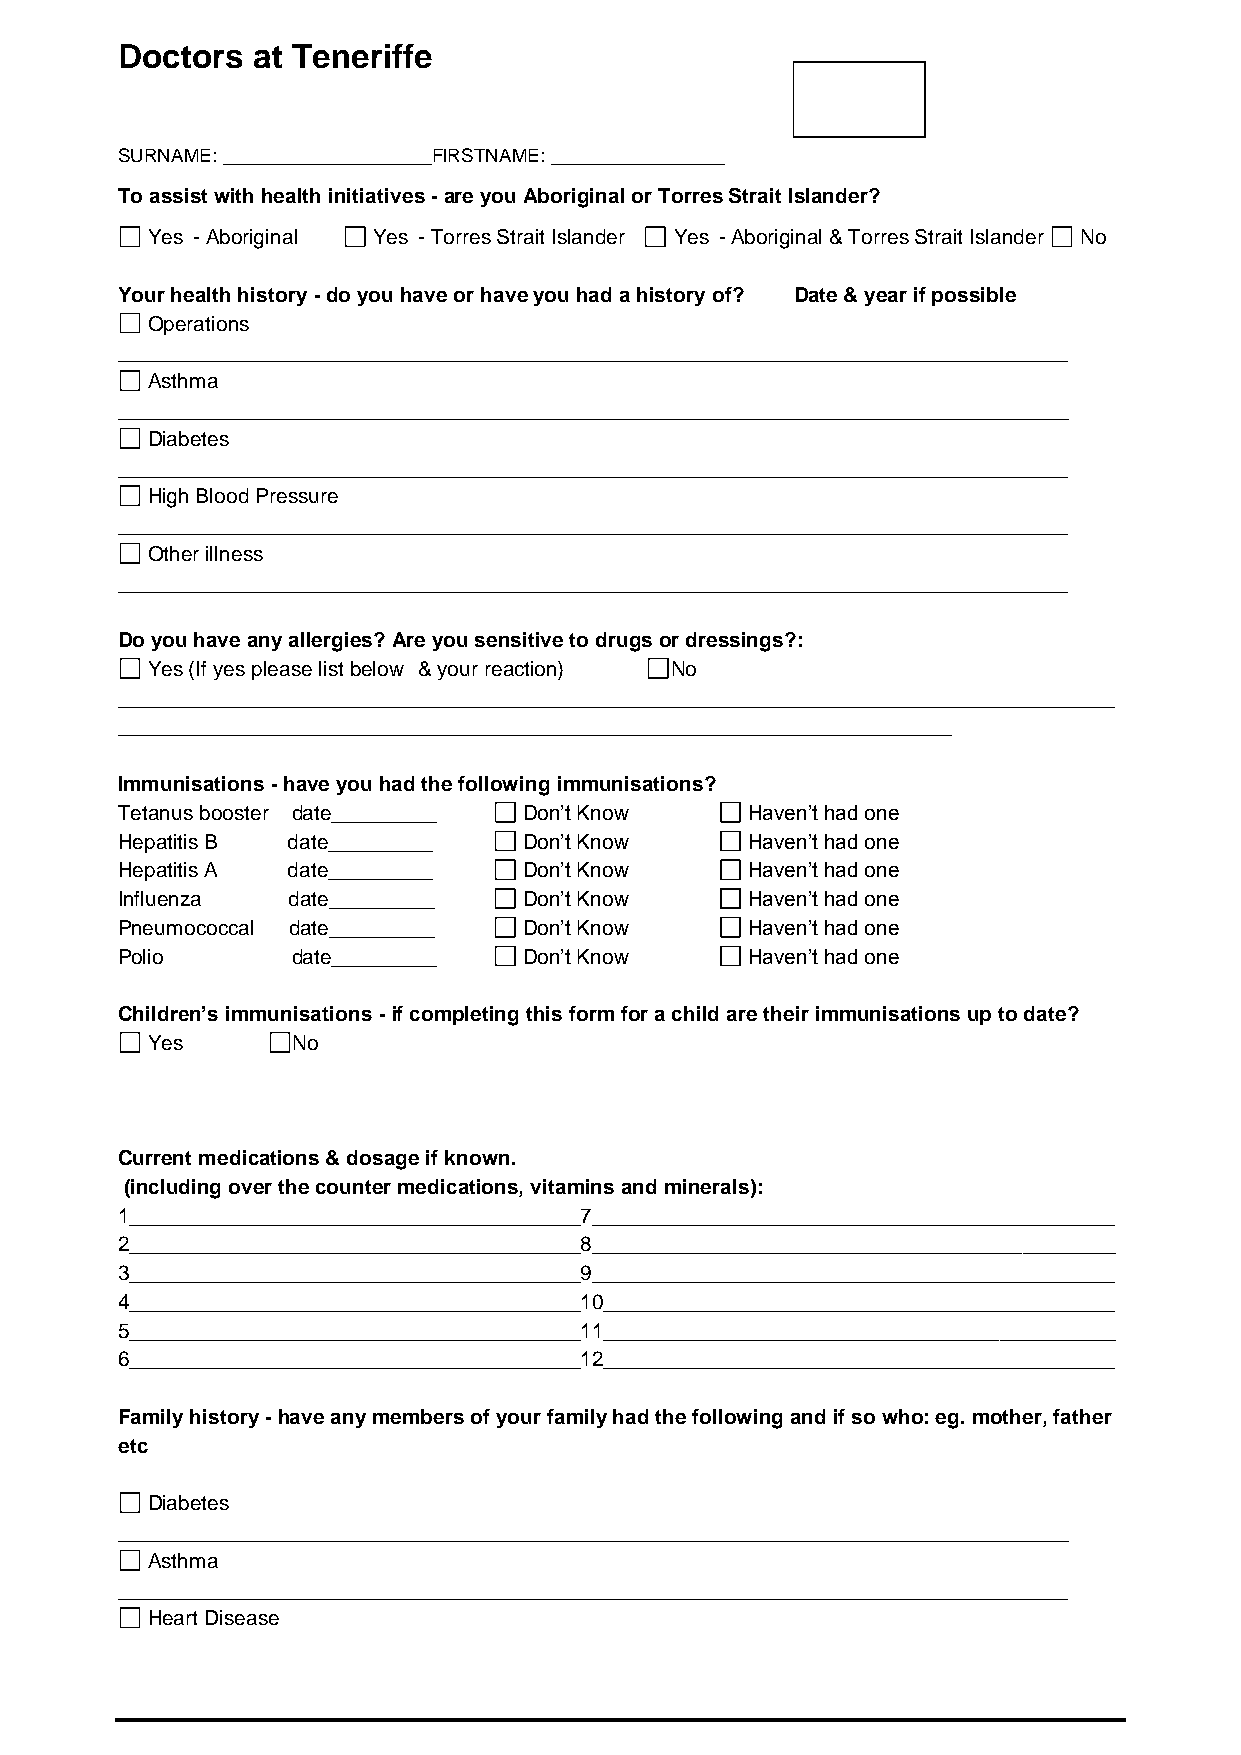
Doctors  at Teneriffe
 SURNAME: __________________FIRSTNAME: _______________
 To assist with health initiatives - are you Aboriginal or Torres Strait Islander?
 Yes - Aboriginal Yes - Torres Strait Islander Yes - Aboriginal & Torres Strait Islander No
 Your health history - do you have or have you had a history of? Date & year if possible
 Operations
 __________________________________________________________________________________
 Asthma
 __________________________________________________________________________________
 Diabetes
 __________________________________________________________________________________
 High Blood Pressure
 __________________________________________________________________________________
 Other illness
 __________________________________________________________________________________
 Do you have any allergies? Are you sensitive to drugs or dressings?:
 Yes (If yes please list below & your reaction) No
 ______________________________________________________________________________________
 ________________________________________________________________________
 Immunisations - have you had the following immunisations?
 Tetanus booster date_________ Don’t Know  Haven’t had one
 Hepatitis B date_________  Don’t Know     Haven’t had one
 Hepatitis A date_________  Don’t Know     Haven’t had one
 Influenza  date_________   Don’t Know     Haven’t had one
 Pneumococcal date_________ Don’t Know     Haven’t had one
 Polio      date_________   Don’t Know     Haven’t had one
 Children’s immunisations - if completing this form for a child are their immunisations up to date?
 Yes      No
 Current medications & dosage if known.
 (including over the counter medications, vitamins and minerals):
 1_______________________________________7_____________________________________________
 2_______________________________________8_____________________________________________
 3_______________________________________9_____________________________________________
 4_______________________________________10____________________________________________
 5_______________________________________11____________________________________________
 6_______________________________________12____________________________________________
 Family history - have any members of your family had the following and if so who: eg. mother, father
 etc
 Diabetes
 __________________________________________________________________________________
 Asthma
 __________________________________________________________________________________
 Heart Disease